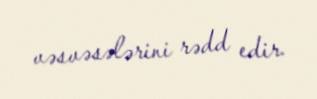
vəsvəsələrini rədd edir.